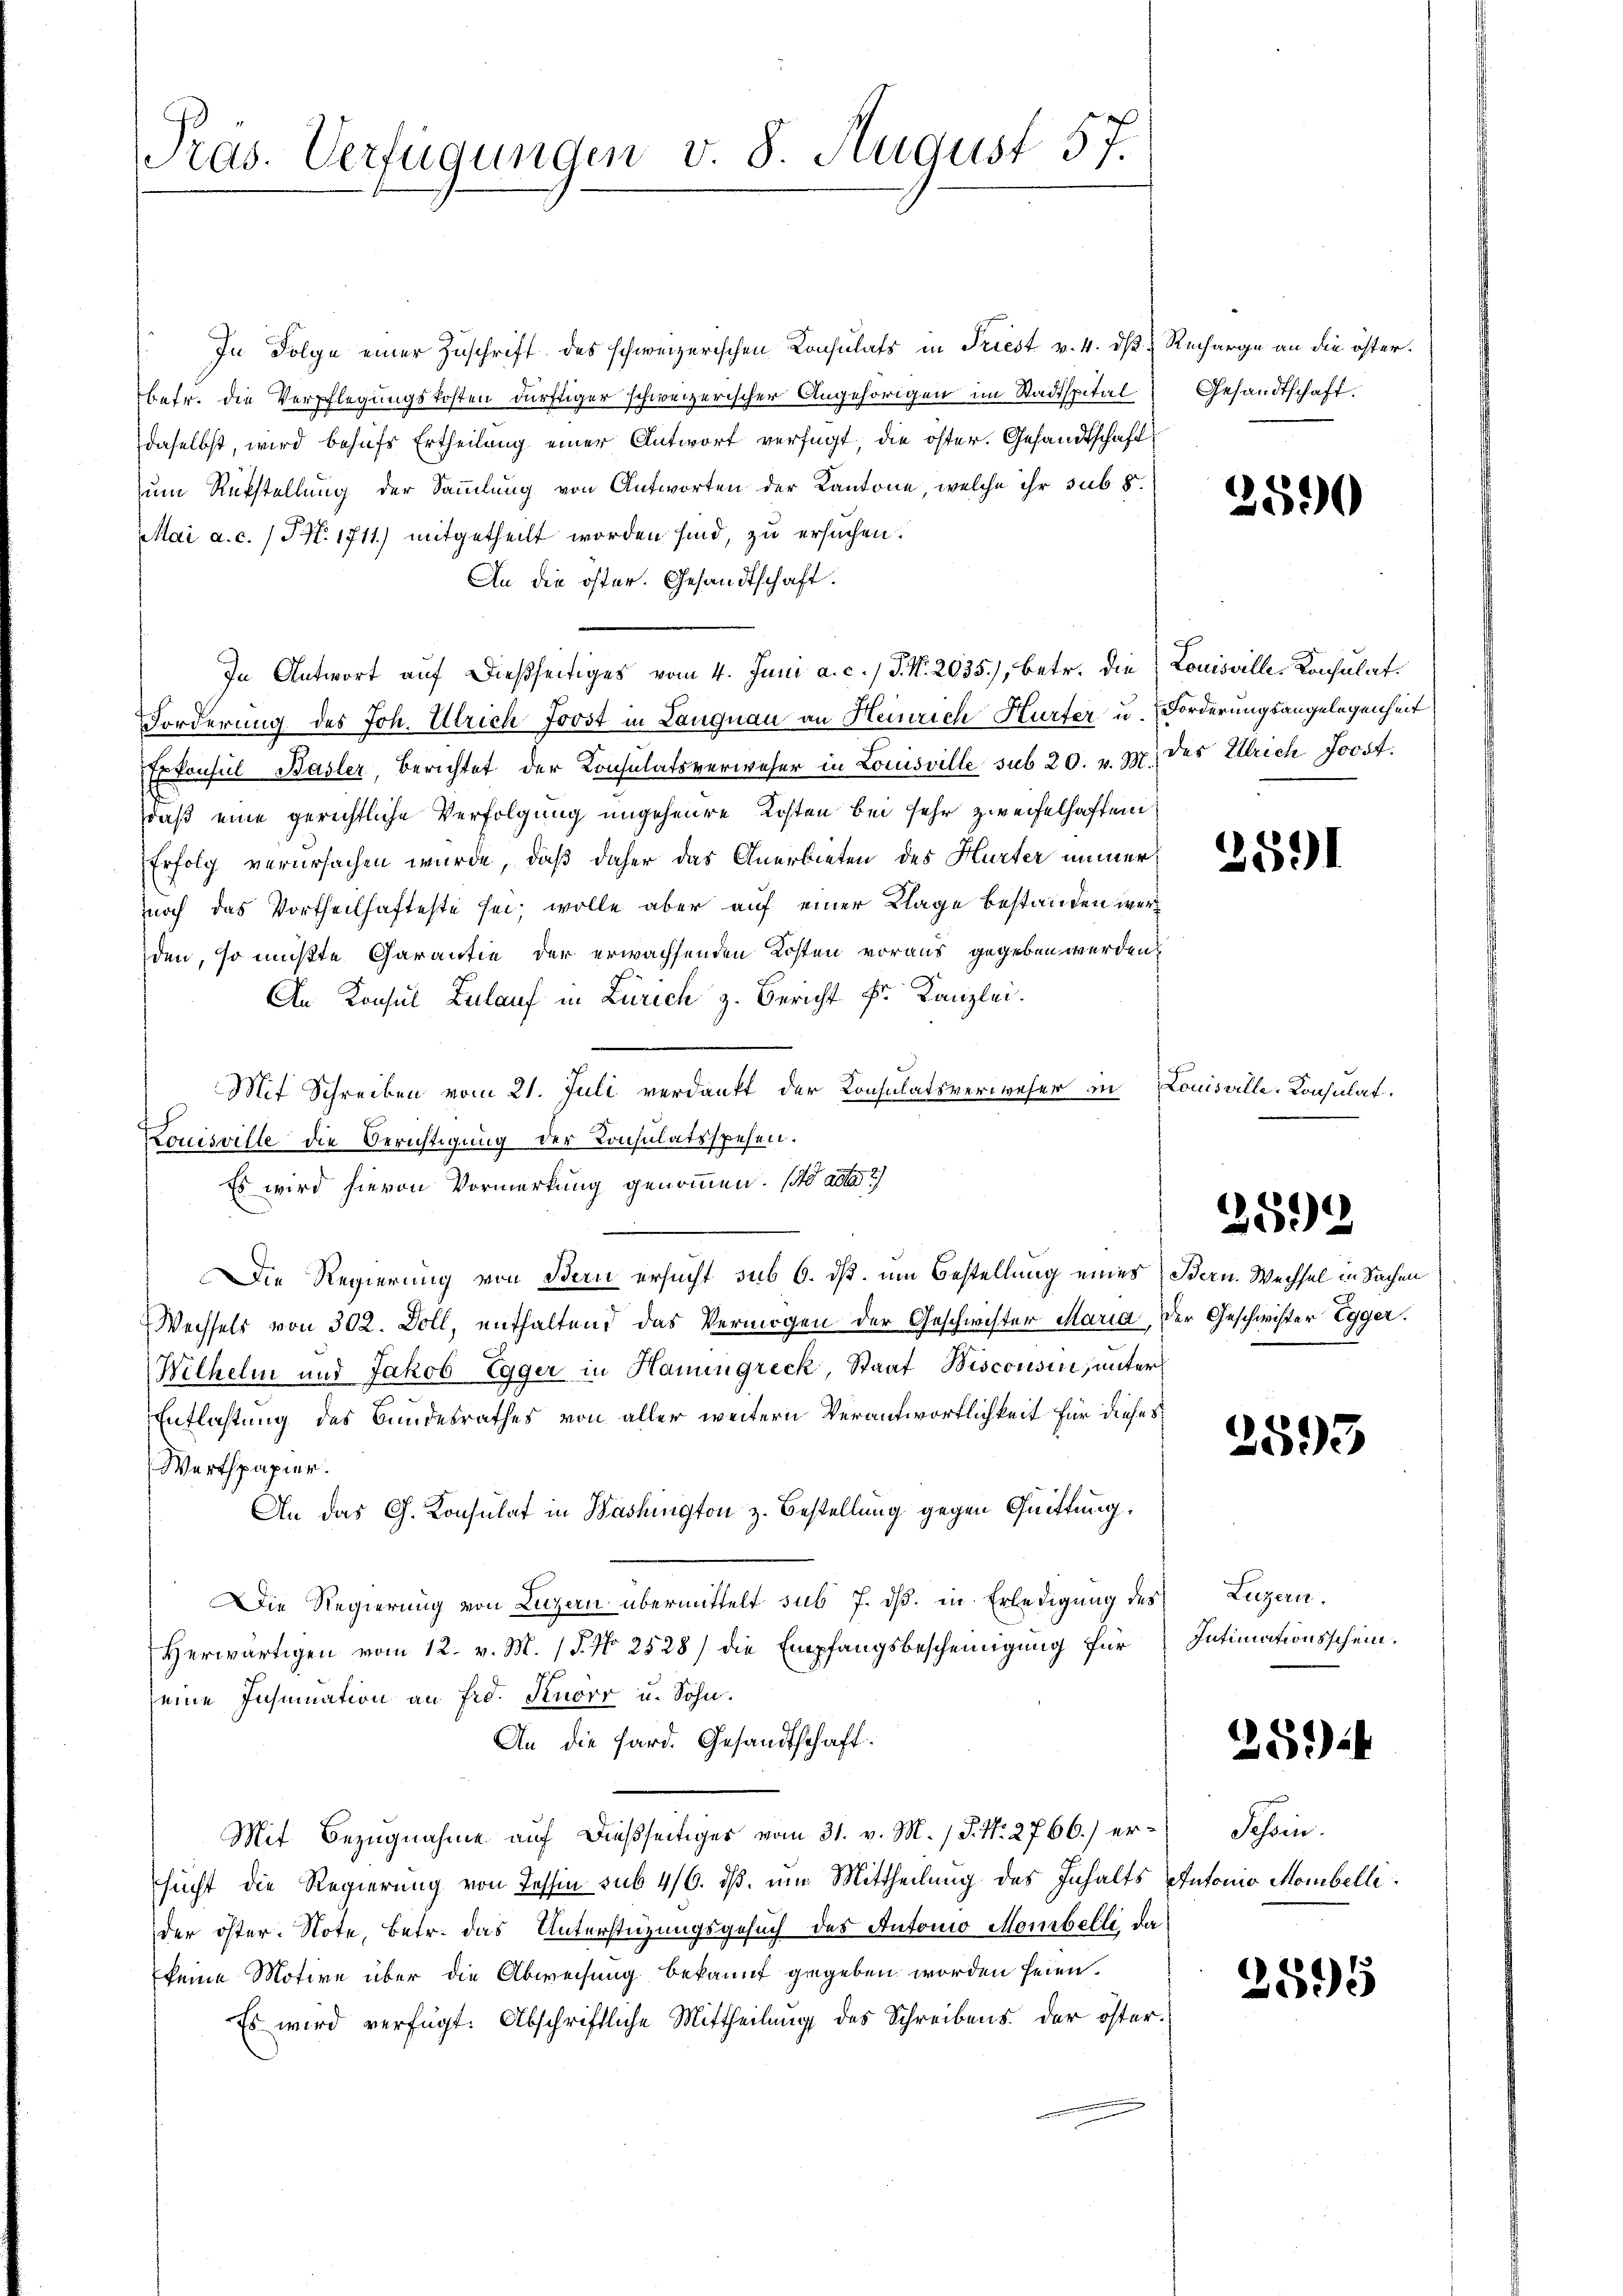
Präs. Verfügungen v. 8. August 57.

In Folge einer Zuschrift des schweizerischen Consulats in Triest v. 4. dß. Recharge an die österbetr. die Verpflegungskosten dürftiger schweizerischer Angehörigen im Stadtspital
daselbst, wird behufs Ertheilung einer Antwort verfügt, die öster. Gesandtschaft
zum Rückstellung der Sammlung von Antworten der Kantone, welche ihr sub 8.
Mai a. c. / NNo. 1711) mitgetheilt worden sind, zu ersuchen.
An die öster. Gesandtschaft.
In Antwort auf dießseitiges vom 4. Juni a. c. J. N. 2635), betr. die Louisville-Konsulat.
Forderung des Joh. Ulrich Joost in Langnau an Heinrich Hürfer u. Forderungsangelegenheit
Erkonsul Basler, Berichtet der Konsulatsverweser in Louisville sub 20. v. M. des Ulrich Joost.
daß eine gerichtliche Verfolgung ungeheure Kosten bei sehr zweifelhaften
Erfolg verursachen wurde, daß daher das Anerbieten des Hurter immernoch das Vortheilhafteste sei; wolle aber auf einer Klage bestanden werden, so mußte Garantie der erwachsenden Kosten voraus gegeben werden.
An Konsul Zulauf in Zürich z. Bericht Fr. Kanzlei.
Mit Schreiben vom 21. Juli verdankt der Konsulatsverweser in Louisville-Konsulat
Louisville die Berichtigung der Konsulatsspehen.
Es wird hievon Vormerkung genommen. ( ada
Die Regierung von Bern ersucht sub 6. ds. um Bestellung eines Bern. Wechsel in Sachen
Wechsels von 302. Doll, enthaltend das Vermögen der Geschwister Maria, der Geschwister Egger.
Wilhelm und Jakob Egger in Hanngreck, Staat Biscousin, unter
Entlastung des Bundesrathes von aller weitern Verantwortlichkeit für dieses
Werthpapier.
An das G. Konsulat in Washington z. Bestellung gegen Quittung,
Die Regierung von Luzern übermittelt sub 7. dß. in Erledigung des
Herwärtigen vom 12. v. M. (§. No 2528/ die Empfangsbescheinigung für Intimationsschein.
seine Insumation an fro. Knorr u. Sohn.
An die Sard. Gesandtschaft.
Mit Bezugnahme auf dießseitiges vom 31. v. M. (S. Nr. 2766.) ersucht die Regierung von Tessin sub 4/6. iß, um Mittheilung des Inhalts Antonio Mombelli
der öster. Note, betr. das Unterstützungsgesuch des Autonio Mombelle da
keine Motive über die Abweisung bekannt gegeben worden seien.
Es wird verfügt: Abschriftliche Mittheilung des Schreibens der öster¬

Gesandtschaft.

2590

2591

2592

2595

Luzern.

254

Schön.

2595